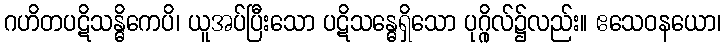
ဂဟိတပဋိသန္ဓိကေပိ၊ ယူအပ်ပြီးသော ပဋိသန္ဓေရှိသော ပုဂ္ဂိုလ်၌လည်း။ ဧသေဝနယော၊